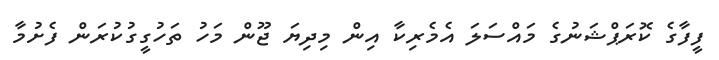
ފީފާގެ ކޮރަޕްޝަނުގެ މައްސަލަ އެމެރިކާ އިން މިދިޔަ ޖޫން މަހު ތަހުގީގުކުރަން ފެށުމާ